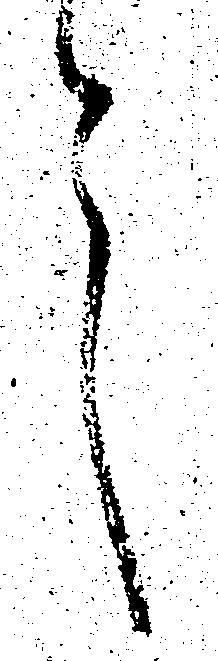
言